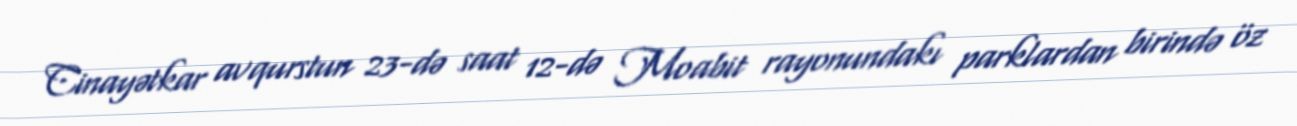
Cinayətkar avqurstun 23-də saat 12-də Moabit rayonundakı parklardan birində öz